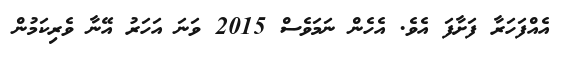
އެއްފަހަރާ ފަށާފަ އެވެ. އެހެން ނަމަވެސް 2015 ވަނަ އަހަރު އޭނާ ވެރިކަމުން